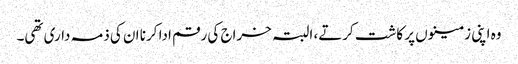
وہ اپنی زمینوں پر کاشت کرتے، البتہ خراج کی رقم ادا کرنا ان کی ذمہ داری تھی۔